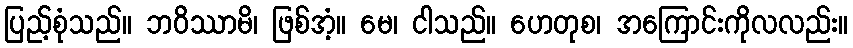
ပြည့်စုံသည်။ ဘဝိဿာမိ၊ ဖြစ်အံ့။ မေ၊ ငါသည်။ ဟေတုစ၊ အကြောင်းကိုလလည်း။